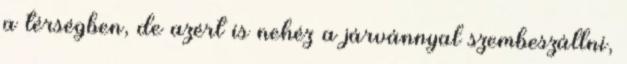
a térségben, de azért is nehéz a járvánnyal szembeszállni,